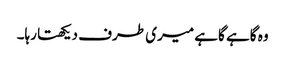
وہ گاہے گاہے میری طرف دیکھتا رہا۔